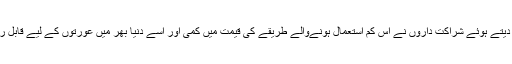
خاندانی منصوبہ بندی پر لندن اجلاس میں مؤثر سرکاری-نجی تعاون کے فوری مطالبے کا جواب دیتے ہوئے شراکت داروں نے اس کم استعمال ہونےوالے طریقے کی قیمت میں کمی اور اسے دنیا بھر میں عورتوں کے لیے قابل رسائی بنانے اور بالآخر مانع حمل طریقوں کے آپشنز کو بڑھانے میں مدد دینےپر گفت و شنید کی۔